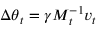
\Delta \boldsymbol { \theta } _ { t } = \gamma \boldsymbol { M } _ { t } ^ { - 1 } \boldsymbol { v } _ { t }